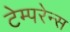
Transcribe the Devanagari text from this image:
टेम्परेन्स